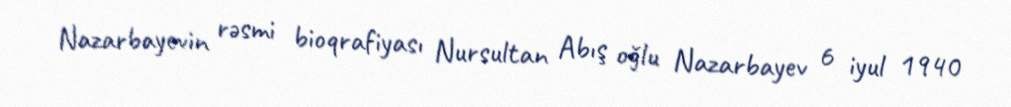
Nazarbayevin rəsmi bioqrafiyası Nursultan Abış oğlu Nazarbayev 6 iyul 1940